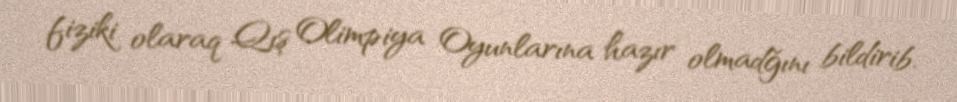
fiziki olaraq Qış Olimpiya Oyunlarına hazır olmadğını bildirib.